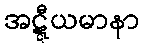
အဋ္ဋီယမာနာ